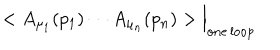
< A _ { \mu _ { 1 } } ( p _ { 1 } ) \cdots A _ { \mu _ { n } } ( p _ { n } ) > \Big | _ { \mathrm { o n e \, l o o p } }